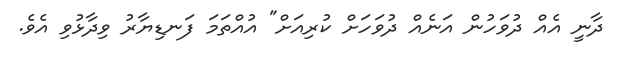
ދާނީ އެއް ދުވަހުން އަނެއް ދުވަހަށް ކުރިއަށް" އުއްތަމަ ފަނޑިޔާރު ވިދާޅުވި އެވެ.